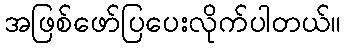
အဖြစ်ဖော်ပြပေးလိုက်ပါတယ်။